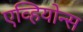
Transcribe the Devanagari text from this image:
एव्हियोन्स